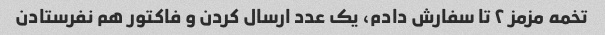
تخمه مزمز ۲ تا سفارش دادم، یک عدد ارسال کردن و فاکتور هم نفرستادن